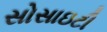
સોસાઇટી